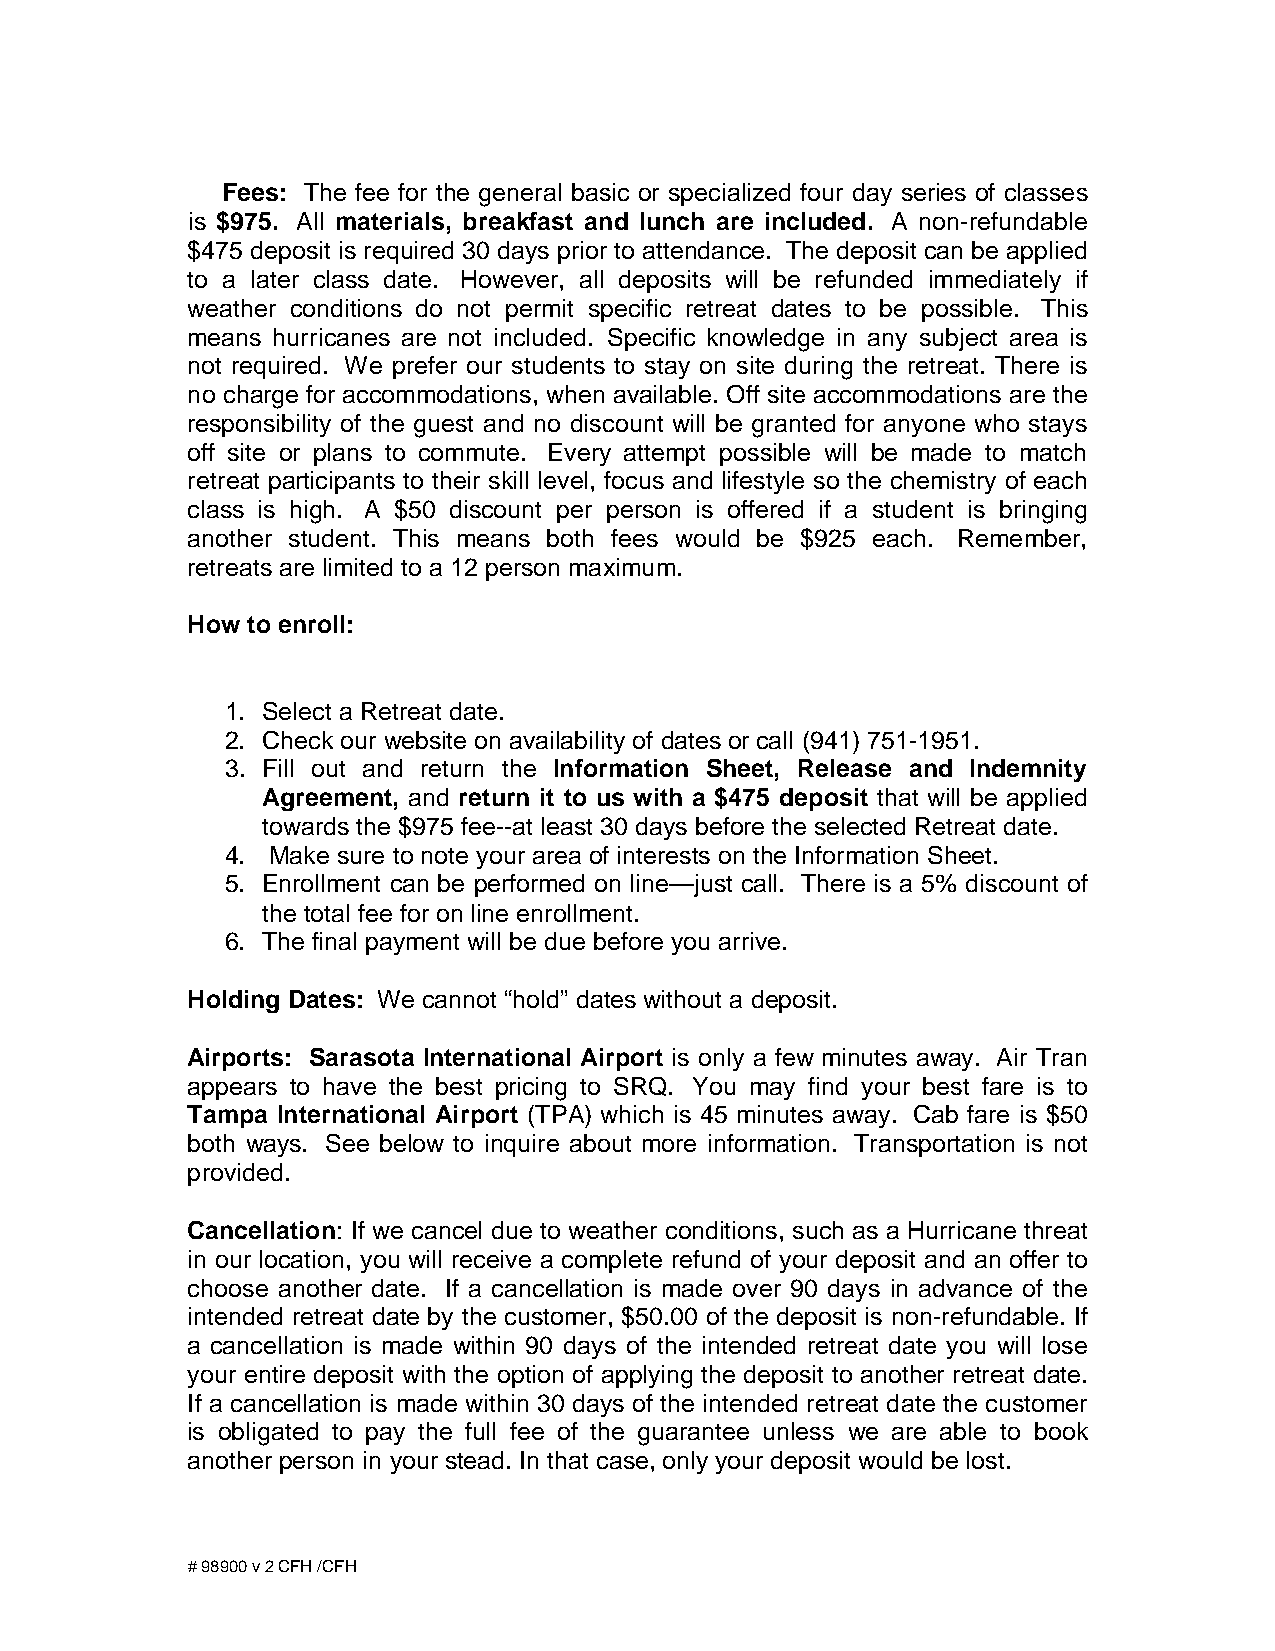
Fees: The fee for the general basic or specialized four day series of classes
 is $975. All materials, breakfast and lunch are included. A non-refundable
 $475 deposit is required 30 days prior to attendance. The deposit can be applied
 to a later class date. However, all deposits will be refunded immediately if
 weather conditions do not permit specific retreat dates to be possible. This
 means hurricanes are not included. Specific knowledge in any subject area is
 not required. We prefer our students to stay on site during the retreat. There is
 no charge for accommodations, when available. Off site accommodations are the
 responsibility of the guest and no discount will be granted for anyone who stays
 off site or plans to commute. Every attempt possible will be made to match
 retreat participants to their skill level, focus and lifestyle so the chemistry of each
 class is high. A $50 discount per person is offered if a student is bringing
 another student. This means both fees would be $925 each. Remember,
 retreats are limited to a 12 person maximum.
 How to enroll:
 1. Select a Retreat date.
 2. Check our website on availability of dates or call (941) 751-1951.
 3. Fill out and return the Information Sheet, Release and Indemnity
 Agreement, and return it to us with a $475 deposit that will be applied
 towards the $975 fee--at least 30 days before the selected Retreat date.
 4. Make sure to note your area of interests on the Information Sheet.
 5. Enrollment can be performed on line—just call. There is a 5% discount of
 the total fee for on line enrollment.
 6. The final payment will be due before you arrive.
 Holding Dates: We cannot “hold” dates without a deposit.
 Airports: Sarasota International Airport is only a few minutes away. Air Tran
 appears to have the best pricing to SRQ. You may find your best fare is to
 Tampa International Airport (TPA) which is 45 minutes away. Cab fare is $50
 both ways. See below to inquire about more information. Transportation is not
 provided.
 Cancellation: If we cancel due to weather conditions, such as a Hurricane threat
 in our location, you will receive a complete refund of your deposit and an offer to
 choose another date. If a cancellation is made over 90 days in advance of the
 intended retreat date by the customer, $50.00 of the deposit is non-refundable. If
 a cancellation is made within 90 days of the intended retreat date you will lose
 your entire deposit with the option of applying the deposit to another retreat date.
 If a cancellation is made within 30 days of the intended retreat date the customer
 is obligated to pay the full fee of the guarantee unless we are able to book
 another person in your stead. In that case, only your deposit would be lost.
 # 98900 v 2 CFH /CFH